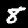
Label: 8